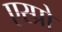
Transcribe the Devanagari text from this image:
एस्प्रो